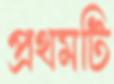
প্রথমটি